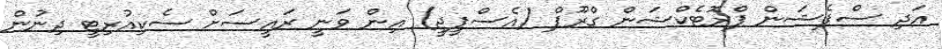
އަދި ސްޕެޝަން ޕްރޮޓެކްޝަން ގްރޫޕް (އެސްޕީޖީ) އިން ވަނީ ރައީސަށް ސެކިއުރިޓީ ދިނުން